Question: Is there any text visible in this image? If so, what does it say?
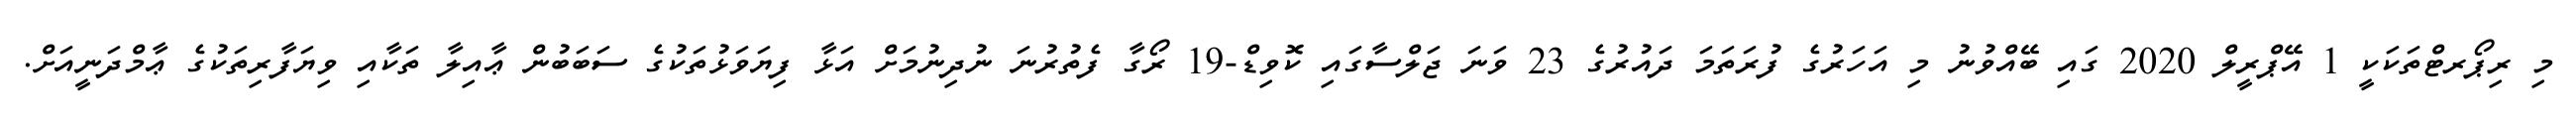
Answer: މި ރިޕޯރޓްތަކަކީ 1 އޭޕްރީލް 2020 ގައި ބޭއްވުނު މި އަހަރުގެ ފުރަތަމަ ދައުރުގެ 23 ވަނަ ޖަލްސާގައި ކޮވިޑް-19 ރޯގާ ފެތުރުނަ ނުދިނުމަށް އަޅާ ފިޔަވަޅުތަކުގެ ސަބަބުން ޢާއިލާ ތަކާއި ވިޔަފާރިތަކުގެ ޢާމްދަނީއަށް.